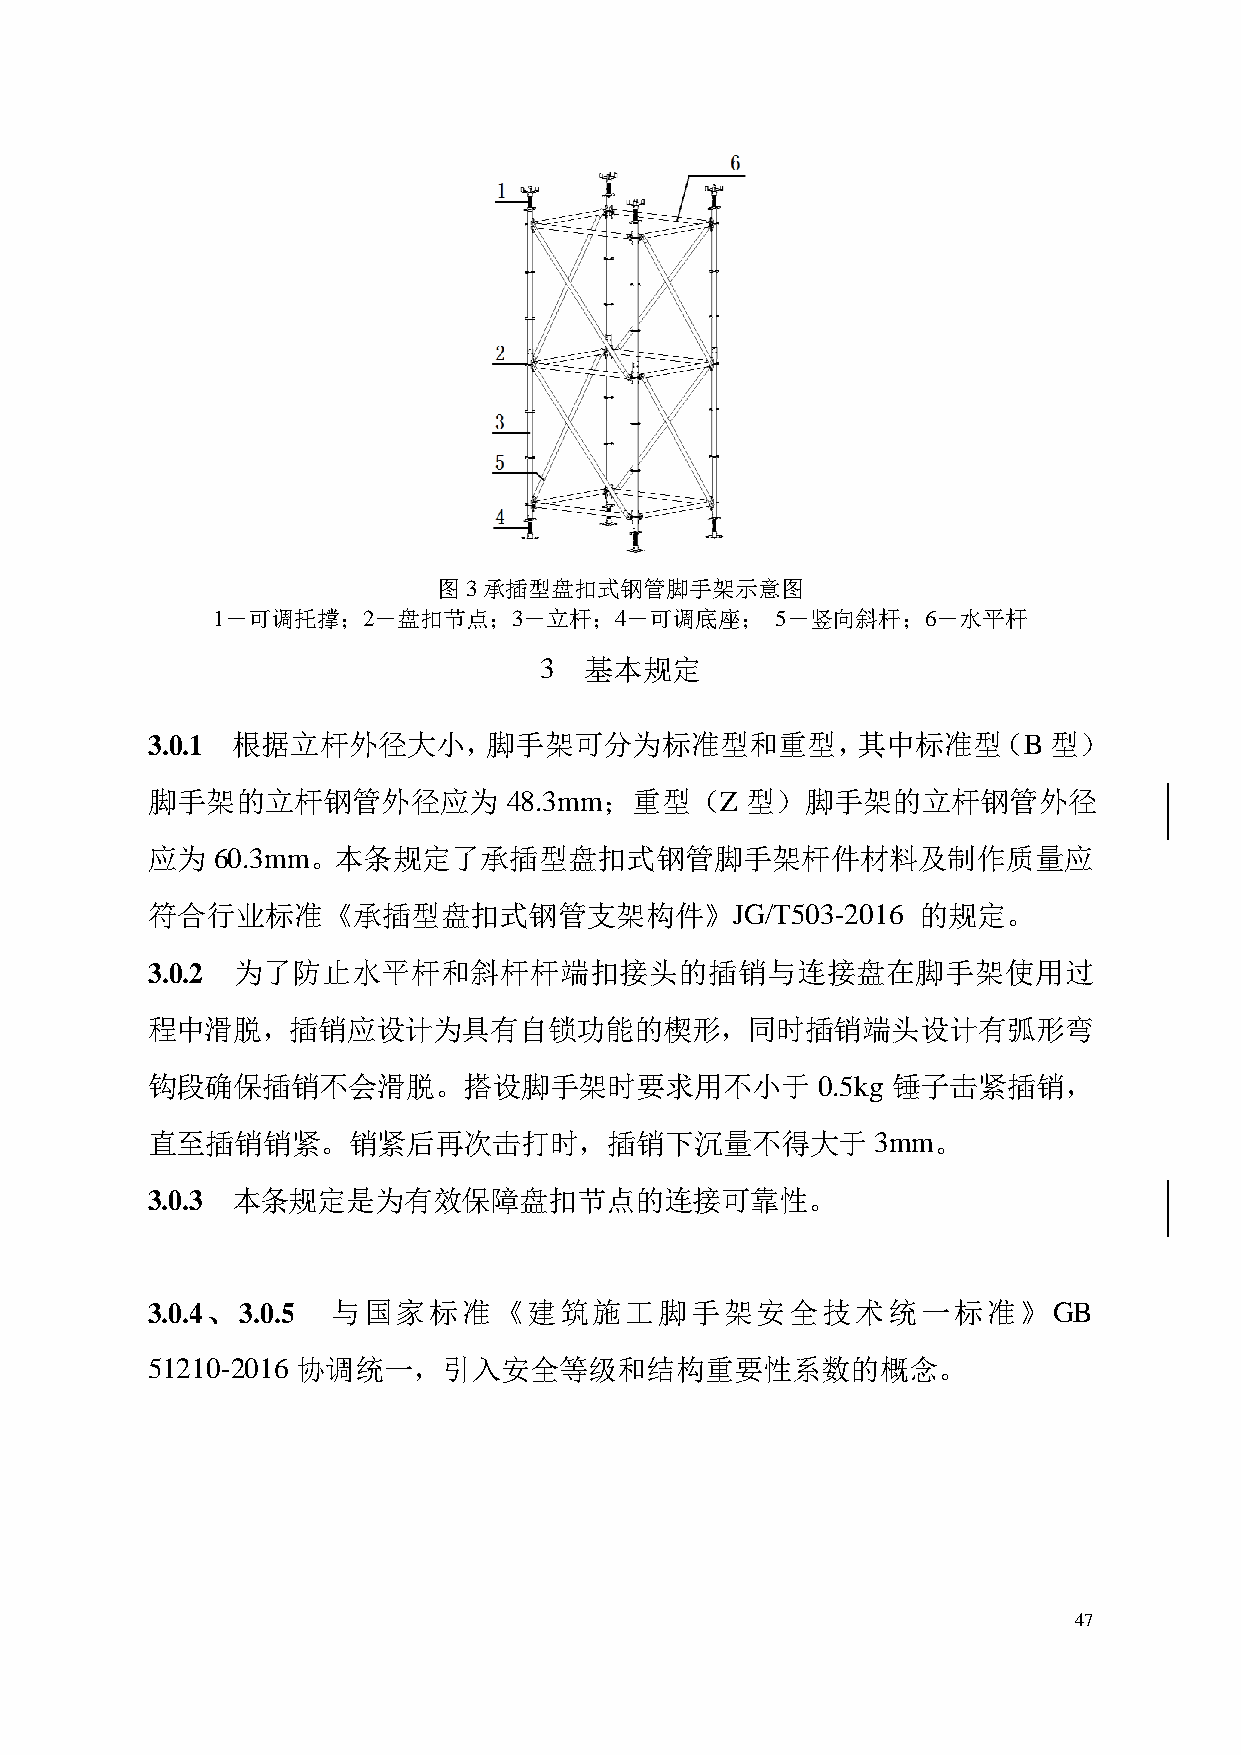
图3承插型盘扣式钢管脚手架示意图
 1－可调托撑；2－盘扣节点；3－立杆；4－可调底座；           5－竖向斜杆；6－水平杆
 3  基本规定
 3.0.1 根据立杆外径大小，脚手架可分为标准型和重型，其中标准型（B                        型）
 脚手架的立杆钢管外径应为            48.3mm；重型（Z    型）脚手架的立杆钢管外径
 应为  60.3mm。本条规定了承插型盘扣式钢管脚手架杆件材料及制作质量应
 符合行业标准《承插型盘扣式钢管支架构件》JG/T503-2016                   的规定。
 3.0.2 为了防止水平杆和斜杆杆端扣接头的插销与连接盘在脚手架使用过
 程中  滑 脱，插销应设计为具有自锁功能的楔形，同时插销端头设计有弧形弯
 钩段确保插销不会滑脱。搭设脚手架时要求用不小于                     0.5kg 锤子击紧插销，
 直至插销销紧。销紧后再次击打时，插销下沉量不得大于                       3mm。
 3.0.3 本条规定是为有效保障盘扣节点的连接可靠性。
 3.0.4、3.0.5 与国家标准《建筑施工脚手架安全技术统一标准》GB
 51210-2016 协调统一，引入安全等级和结构重要性系数的概念。
 47